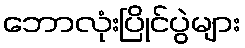
ဘောလုံးပြိုင်ပွဲများ